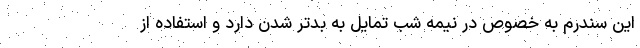
این سندرم به خصوص در نیمه شب تمایل به بدتر شدن دارد و استفاده از